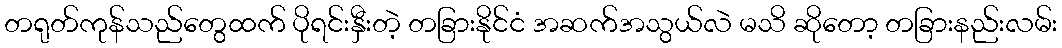
တရုတ်ကုန်သည်တွေထက် ပိုရင်းနှီးတဲ့ တခြားနိုင်ငံ အဆက်အသွယ်လဲ မသိ ဆိုတော့ တခြားနည်းလမ်း